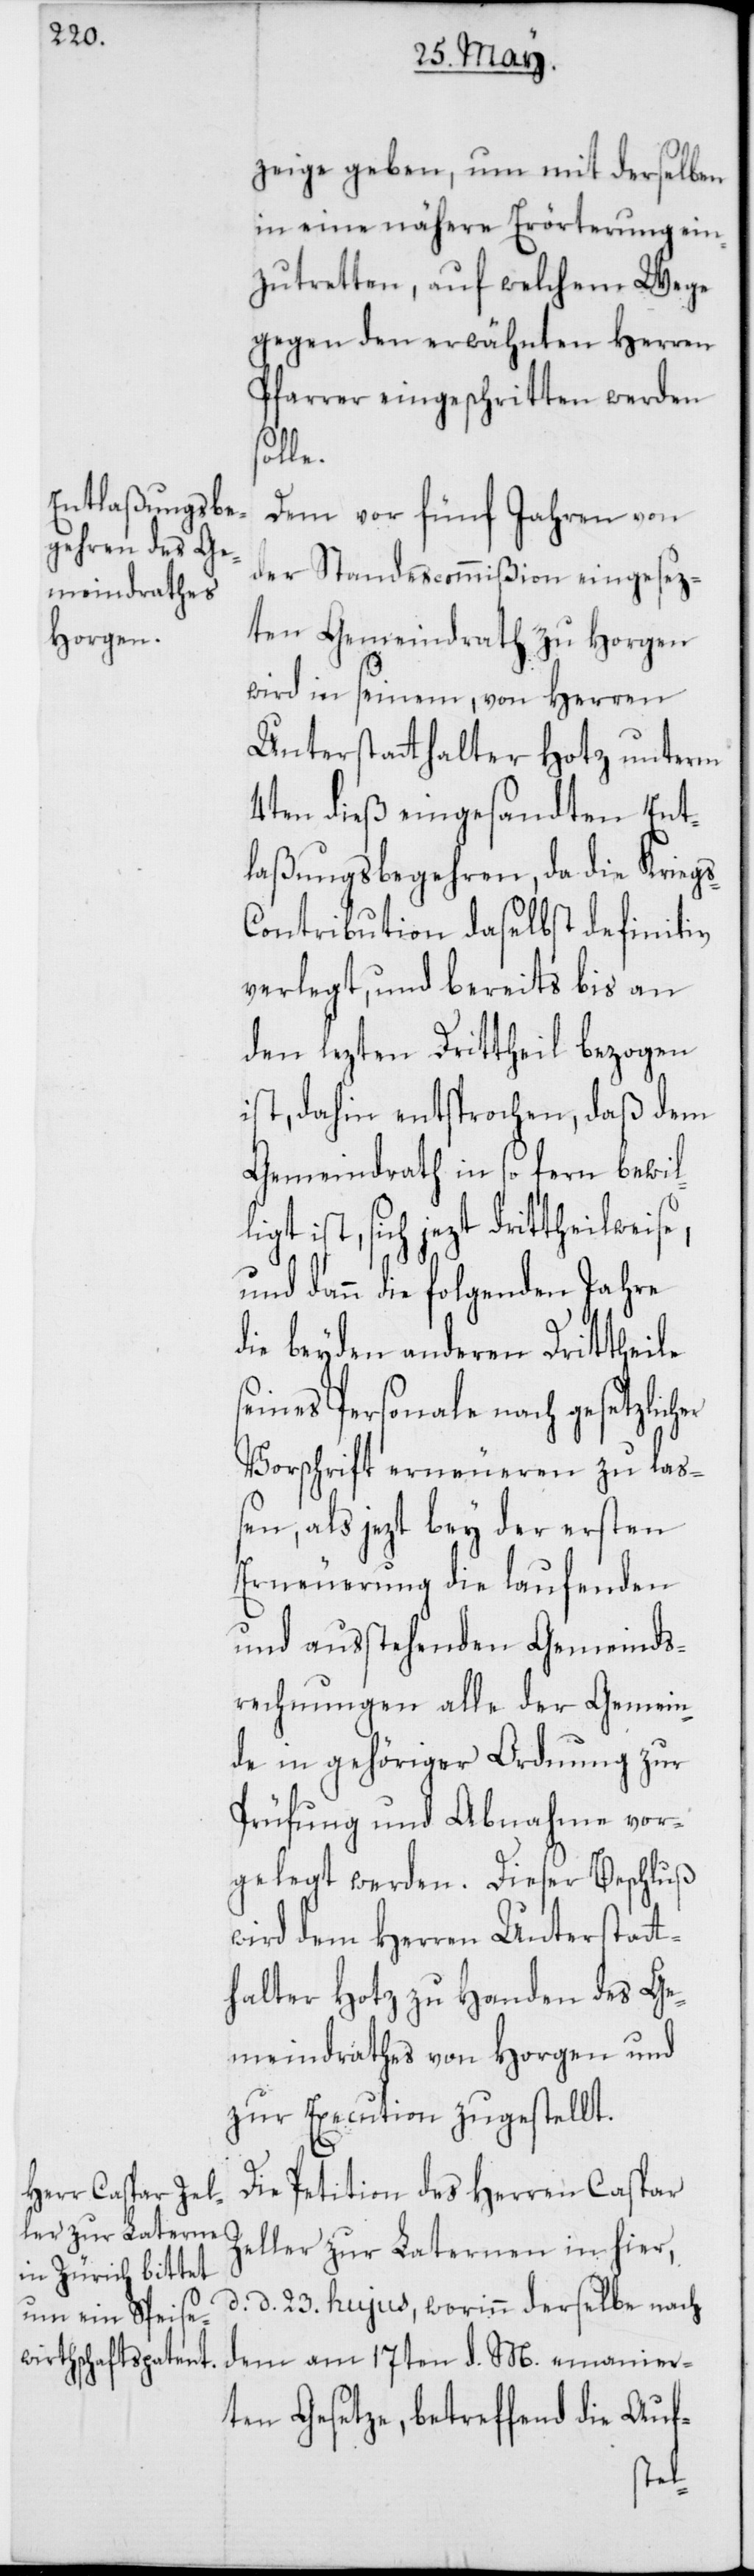
zeige geben, um mit derselben
in eine nähere Erörterung ein¬
zutretten, auf welchem Wege
gegen den erwähnten Herren
Pfarrer eingeschritten werden
Ze¬
Dem vor fünf Jahren von
der Standescommißion eingesez¬
ten Gemeindrath zu Horgen
wird in seinem, von Herren
Unterstatthalter Hotz unterm
4ten dieß eingesandten Ent¬
laßungsbegehren, da die Krieg¬
ontribution daselbst definitiv
verlegt, und bereits bis an
den lezten Drittheil bezogen
ist, dahin entsprochen, daß dem
Gemeindrath in so fern bewil¬
ist, sich jezt drittheilweis¬
und dann die folgenden Jahre
die beyden anderen Drittheile
seines Personale nach gesetzlich¬
Vorschrift erneueren zu laß¬
en, als jezt bey der ersten
Erneuerung die laufenden
und außtehenden Gemeind¬
s-Rechnungen alle der Gemein¬
de in gehöriger Ordnung zur
Prüfung und Abnahme vor¬
wird dem Herren Unterstatt¬
halter Hotz zu Handen des Ge¬
meindrathes von Horgen und
zur Execution zugestellt.
Die Petition des Herren Caspar
ller zur Laternen in hier,
d. d. 23sten hujus, worinn derselbe nach
dem am 17ten d. M. emanier¬
ten Gesetze, betreffend die Auf-
rden.